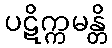
ပဋိက္ကမန္တိ